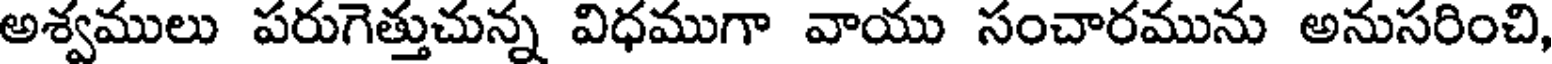
అశ్వములు పరుగెత్తుచున్న విధముగా వాయు సంచారమును అనుసరించి,